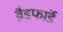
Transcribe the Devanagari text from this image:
ब्रैडफाॅर्ड